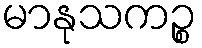
မာနုသကဉ္စ